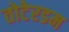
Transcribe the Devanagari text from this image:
तोटेरडम